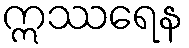
ဣဿရေန